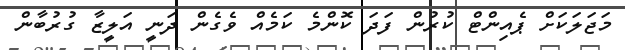
މަޖަލަކަށް ޕެއިންޓް ކުރުން ފަދަ ކޮންމެ ކަމެއް ވެގެން ދަނީ އަލީޒާ ގުރުބާން